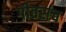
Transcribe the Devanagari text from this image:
गीतसंच